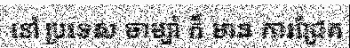
នៅ ប្រទេស ចាម្ប៉ា ក៏ មាន ការជ្រែក